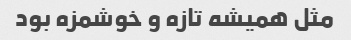
مثل همیشه تازه و خوشمزه بود